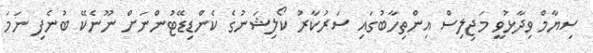
ސިޔާމް ވިދާޅުވީ މަޖިލިސް އިންތިހާބުގައި ސަރުކާރު ކޯލިޝަނުގެ ކެންޑިޑޭޓުންނަށް ނޫނެކޭ ބުނެފި ނަމަ